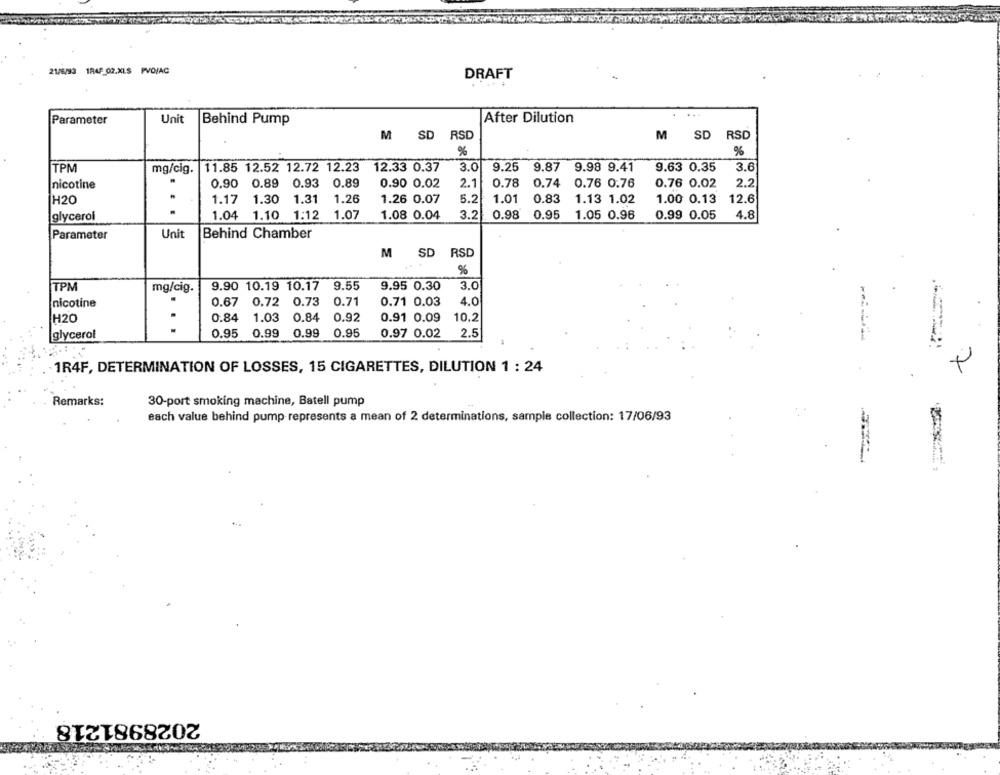
3 1R4F_02.XLS PPVO/AC
DRAFT
Parameter
Unit
Behind Pump
After Dilution
M
SD
RSD
M
SD RSD
%
%
TPM
mg/cig.
11.85 12.52 12.72 12.23
12.33 0.37
3.0
9.25
9.87
9.98 9.41
9.63 0.35
3.6
nicotine
0.90
0.89
0.93
0.89
0.90 0.02
2.1
0.78
0.74 0.76 0.76
0.76 0.02
2.2
H20
1.17
1.30
1.31
1.26
1.26 0.07
5.2
1.01
0.83
1.13 1.02
1.00 0.13
12.6
glycerol
1.04
1.10
1:12
1.07
1.08 0.04
3.2
0.98
0.95
1.05 0.96
0.99 0.05
4.8
Parameter
Unit
Behind Chamber
M SD RSD
%
TPM
mg/cig.
9.90 10.19 10.17
9.55
9.95 0.30
3.0
nicotine
0.67
0.72 0.73
0.71
0.71 0.03
4.0
H20
0.84
1.03
0.84
0.92
0.91 0.09
10.2
0.95
0.99
0.99
0.95
0.97 0.02
2.5
glycerol
7
1R4F, DETERMINATION OF LOSSES, 15 CIGARETTES, DILUTION 1 : 24
Remarks:
30-port smoking machine, Batell pump
each value behind pump represents a mean of 2 determinations, sample collection: 17/06/93
2028981218